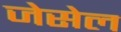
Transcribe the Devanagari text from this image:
जेसेल